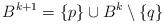
LaTeX: \begin{align*}B^{k+1} = \{p\} \cup B^k \setminus \{q\}\end{align*}